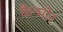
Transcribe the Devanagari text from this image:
कैन्मोर